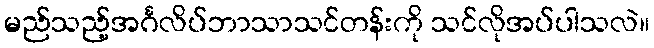
မည်သည့်အင်္ဂလိပ်ဘာသာသင်တန်းကို သင်လိုအပ်ပါသလဲ။